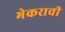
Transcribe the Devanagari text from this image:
भेकराची